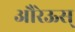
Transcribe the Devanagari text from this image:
औरेऊस्